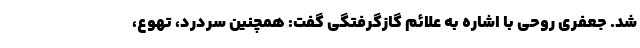
شد. جعفری روحی با اشاره به علائم گازگرفتگی گفت: همچنین سردرد، تهوع،